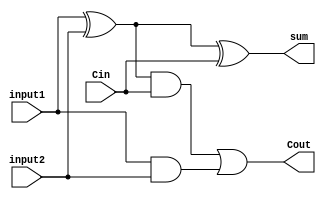
module adder_OneBit(input1,input2,Cin,sum,Cout);

input input1,input2,Cin;

output Cout,sum;

wire cable1, cable2, cable3;


xor Xor_Gate(cable1,input1,input2);
xor second_Xor_Gate(sum,cable1,Cin);
and and_Gate(cable2,cable1,Cin);
and second_And_Gate(cable3,input1,input2);
or	Or_Gate(Cout,cable2,cable3);

endmodule